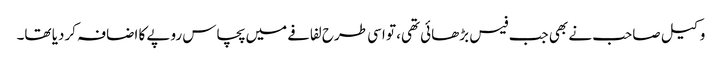
وکیل صاحب نے بھی جب فیس بڑھائی تھی، تو اسی طرح لفافے میں پچاس روپے کا اضافہ کردیا تھا۔